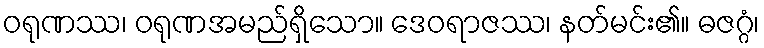
ဝရုဏဿ၊ ဝရုဏအမည်ရှိသော။ ဒေဝရာဇဿ၊ နတ်မင်း၏။ ဓဇဂ္ဂံ၊